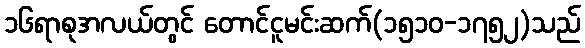
၁၆ရာစုအလယ်တွင် တောင်ငူမင်းဆက်(၁၅၁၀-၁၇၅၂)သည်